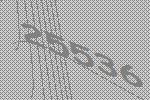
25536